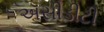
ઍસીડીટી